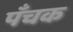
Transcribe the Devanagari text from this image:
पँचक